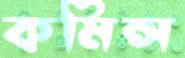
কমিন্স